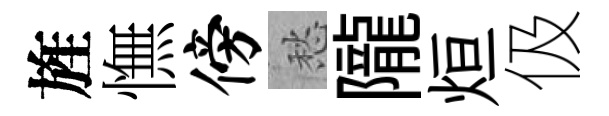
旌憮傍愁隴烜伋